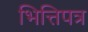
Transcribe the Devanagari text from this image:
भित्तिपत्र